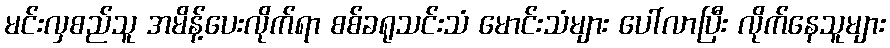
မင်းလှစည်သူ အမိန့်ပေးလိုက်ရာ စစ်ခရုသင်းသံ မောင်းသံများ ပေါ်လာပြီး လိုက်နေသူများ